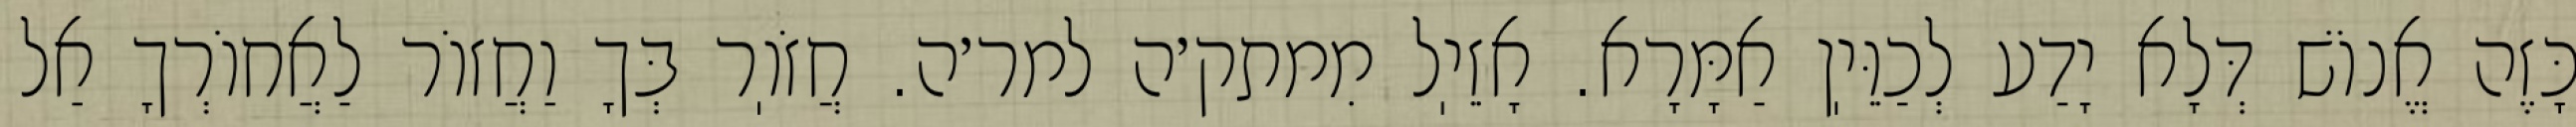
כָּזֶה אֱנוֹשׁ דְּלָא יָדַע לְכַוֵּיֽן אַמָּרָא. אָזֵיֽל מִמתק׳ה למר׳ה. חֲזֹוֽר בְּךָ וַחֲזוֹר לַאֲחוֹרְךָ אַל